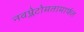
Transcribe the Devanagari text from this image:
नवप्लेटोमतामार्फत